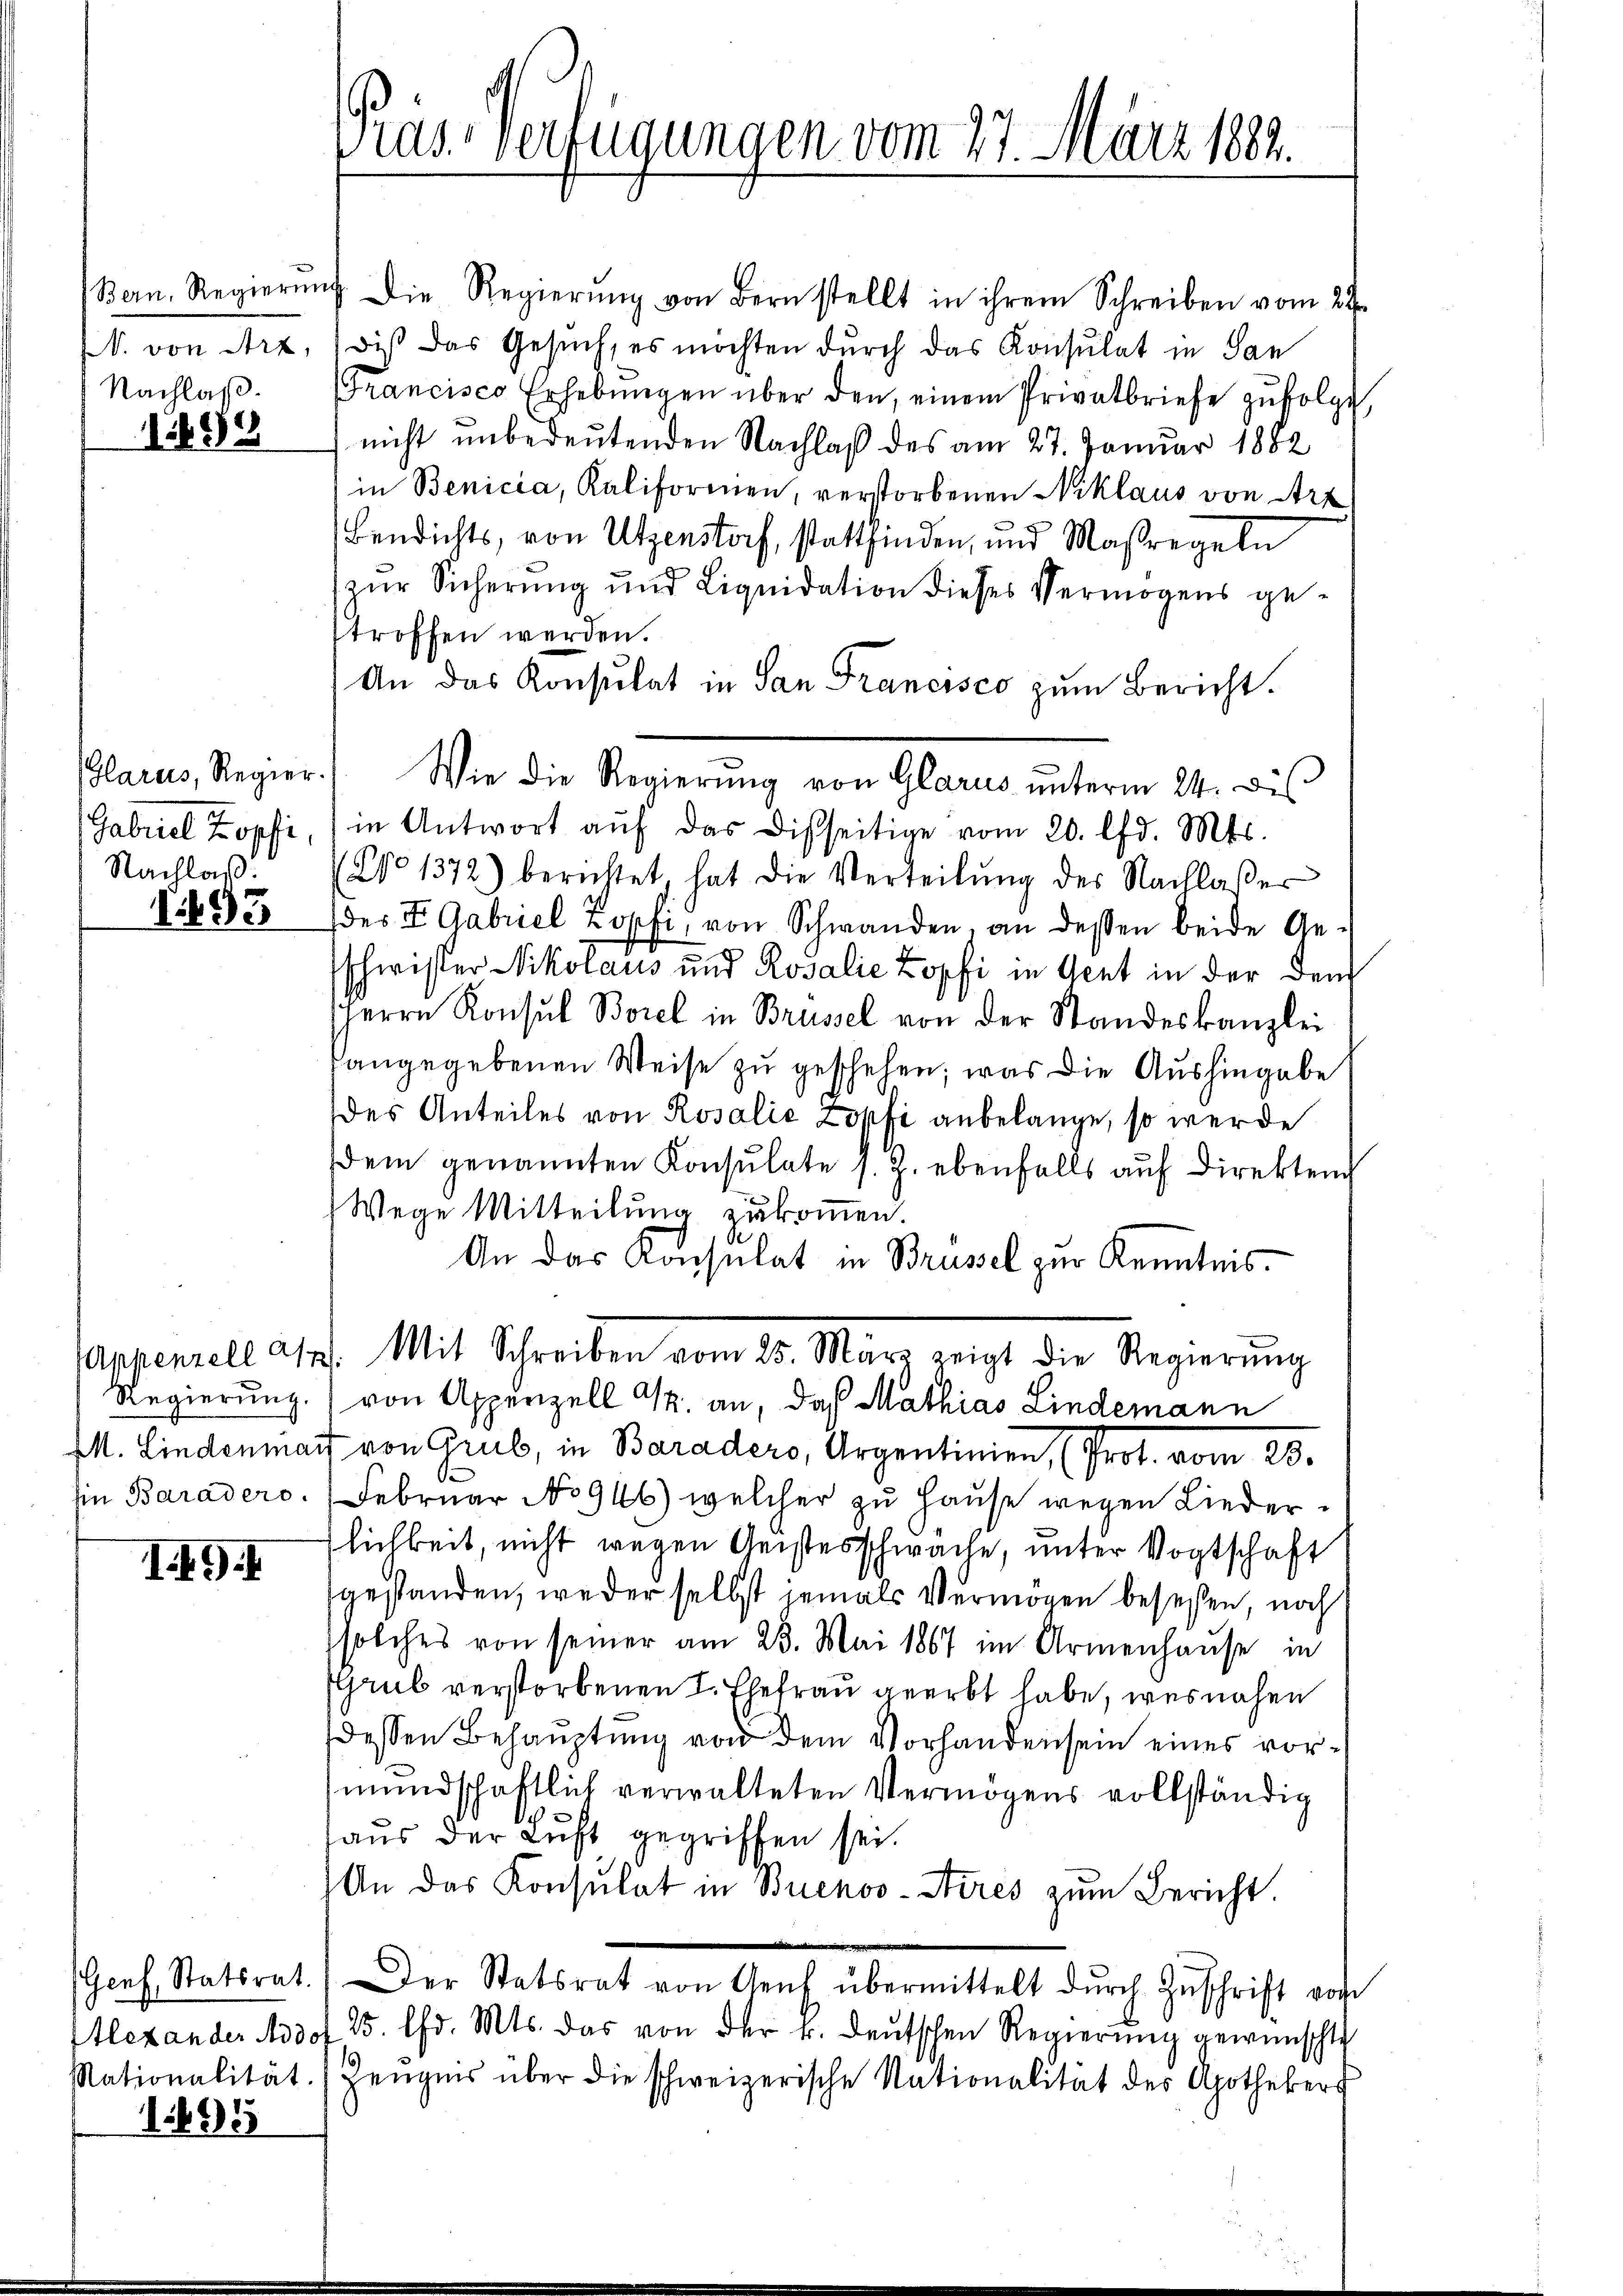
Nachlaß.

92

Nachlaß.

93

I.9.

sationalität.

1493

ras. Verfügungen vom 27. März 1882.

Bern, Regierŭng die Regierŭng von Bern stellt in ihrem Schreiben vom 24.
V. von Arx, / diß das Gesuch, es möchten durch das Konsulat in San
Francisco Erhebŭngen über den, einem Privatbriefe zufolge,
nicht unbedeutenden Nachlaß des am 27. Januar 1882
in Benicia, Kaliformen, verstorbenen Niklaus von Art
Bendichts, von Utzenstorf, stattfinden, und Maßregeln
zŭr Sicherŭng und Liquidation dieses Vermögens ge-
troffen werden.
An das Konsulat in San Francisco zum Bericht.
Plarus, Regier. Wie die Regierŭng von Glarus ŭnterm 24. bis
Gabriel Zopf, in Antwort aŭf das Disseitige vom 20. lfd. Mts.
No 1372) berichtet, hat die Verteilŭng des Nachlaβer
(des I Gabriel Zopfi, von Schwanden, an dessen beide Ge-
schwister Nikolaus und Rosalie Kopfi in Gent in der dem
Herrn Konsul Borel in Brüssel von der Standeskanzlei
angegebenen Weise zu geschehen; was die Aushingabe
des Anteiles von Rosalić Zopfi anbelange, so werde
dem genannten Konsulate s. Z. ebenfalls auf Direktend
Wege Mitteilung zukommen.
An das Konsulat in Brüssel zur Kenntnis¬
Appenzell auf Mit Schreiben vom 23. März zeigt die Regierŭng
Regierung.) von Appenzell G. an, daß Mathias Lindemann
M. Lindenmar von Grub, in Baradero, Argentinien, (Prot. vom 25.
in Baraders. Februar No 946) welcher zu Hause wegen Liederflichkeit, nicht wegen Geistesschwäche, unter Vogtschaft
gestanden, weder selbst jemals Vermögen beseßen, noch
solches von seiner am 23. Mai 1867 im Armenhause in
GGrub verstorbenen L. Ehefrau geerbt habe, was nahen
dessen Behauptung von dem Vorhanden sein eines vormŭndschaftlich verwalteten Vermögens vollständig
haŭs der Luft gegriffen sei.
An das Konsulat in Buenos-Steres zŭm Bericht.
(Genf Statsrat. Der Statsrat von Genf übermittelt dŭrch Zŭschrift von
Alexander Adof 15. d. Mts. das von der k. deŭtschen Regierŭng gewünscht
Zeugnis über die schweizerische Nationalität des Apothekers